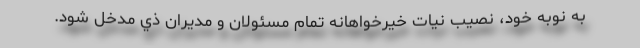
به نوبه خود، نصيب نيات خيرخواهانه تمام مسئولان و مديران ذي مدخل شود.